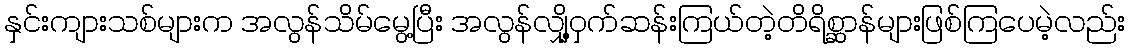
နှင်းကျားသစ်များက အလွန်သိမ်မွေ့ပြီး အလွန်လျှို့ဝှက်ဆန်းကြယ်တဲ့တိရိစ္ဆာန်များဖြစ်ကြပေမဲ့လည်း